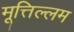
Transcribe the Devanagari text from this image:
मूत्तिल्लम